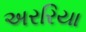
અરરિયા